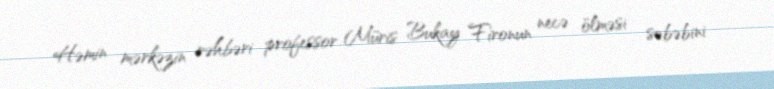
Həmin mərkəzin rəhbəri professor Müris Bukay Fironun necə ölməsi səbəbini